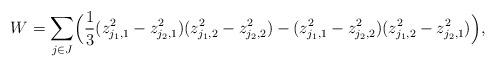
LaTeX: \begin{align*}W&=\sum_{j\in J}\Bigl(\frac{1}{3}(z_{j_1,1}^2-z_{{j_2},1}^2)(z_{j_1,2}^2-z_{{j_2},2}^2)-(z_{j_1,1}^2-z_{{j_2},2}^2)(z_{j_1,2}^2-z_{{j_2},1}^2)\Bigr),\end{align*}